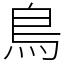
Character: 鳥